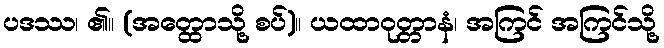
ပဒဿ၊ ၏။ (အတ္ထောသို့ စပ်)။ ယထာဝုတ္တာနံ၊ အကြင် အကြင်သို့